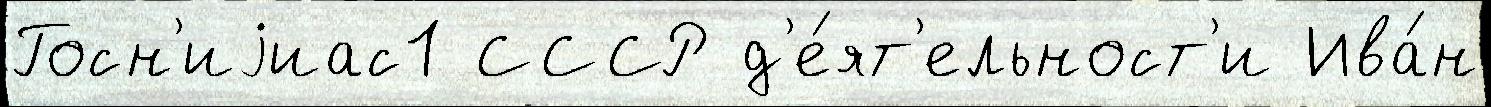
Госн'иjиас1 СССР д'е́ят'ельност'и Ива́н